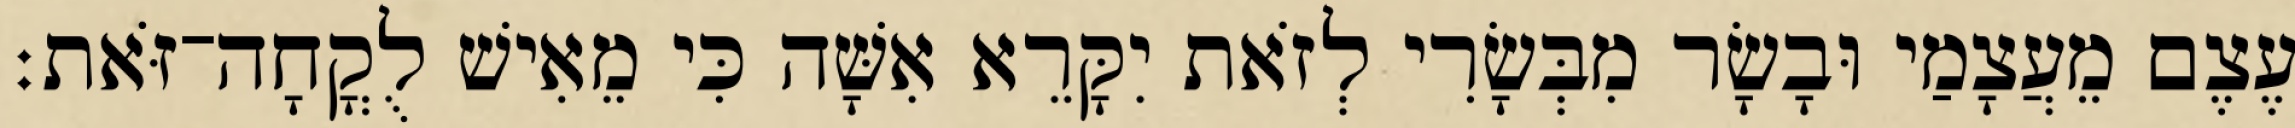
עֶצֶם מֵעֲצָמַי וּבָשָׂר מִבְּשָׂרִי לְזֹאת יִקָּרֵא אִשָּׁה כִּי מֵאִישׁ לֻקֳחָה־זֹּאת׃